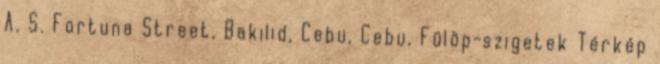
A. S. Fortuna Street, Bakilid, Cebu, Cebu, Fülöp-szigetek Térkép